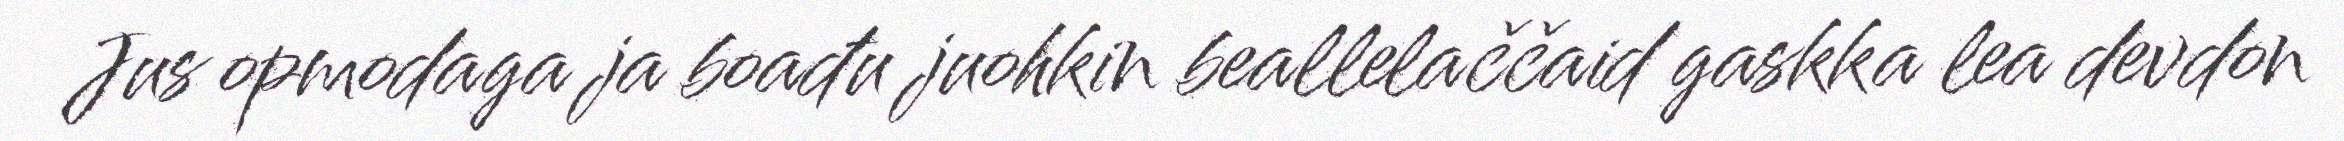
Jus opmodaga ja boađu juohkin beallelaččaid gaskka lea devdon